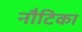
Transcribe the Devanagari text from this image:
नौटिका